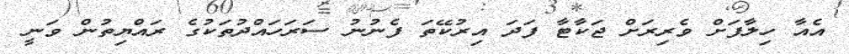
އެއާ ހިލާފަށް ވެރިރަށް ޖަކާޓާ ފަދަ އިރުކޭތަ ފެނުނު ސަރަހައްދުތަކުގެ ރައްޔިތުން ވަނީ